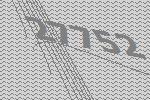
27752